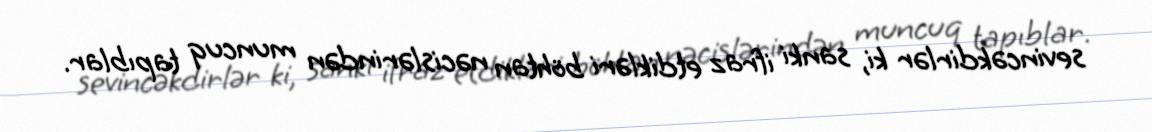
sevincəkdirlər ki, sanki ifraz etdikləri böhtan nəcislərindən muncuq tapıblar.